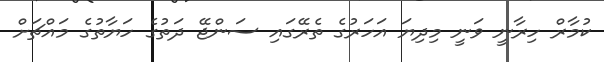
ކުމާރް ހިރާނީ ވަނީ މިދިޔަ އަހަރުގެ ތެރޭގައި ސަންޖޭ ދަތުގެ ހަޔާތުގެ މައްޗަށް